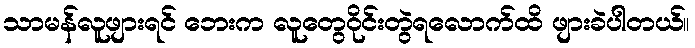
သာမန်လူဖျားရင် ဘေးက လူတွေဝိုင်းတွဲရလောက်ထိ ဖျားခဲပါတယ်။